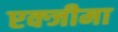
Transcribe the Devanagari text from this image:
एक्जीमा